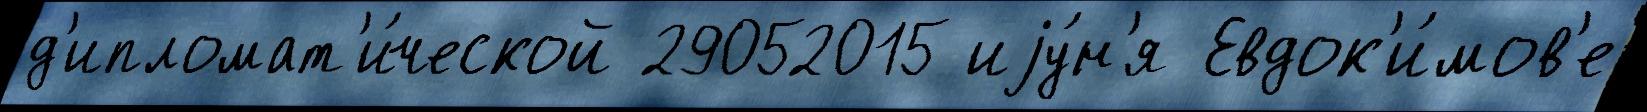
д'ипломат'и́ческой 29052015 иjу́н'я Евдок'и́мов'е